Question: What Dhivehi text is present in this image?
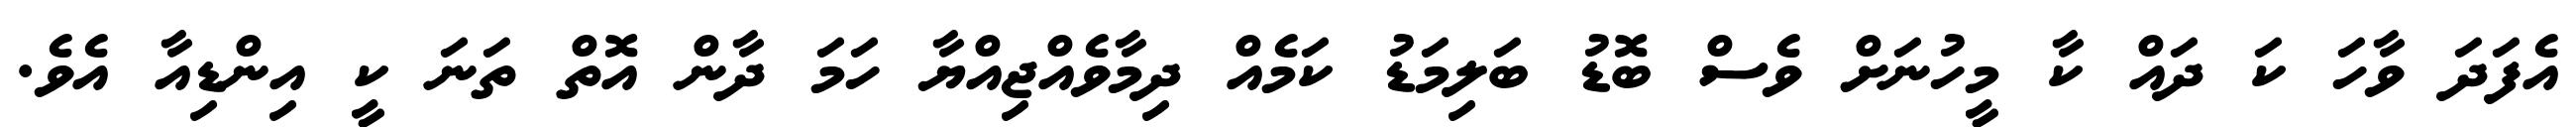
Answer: އެފަދަ ވާހަ ކަ ދައް ކާ މީހުނަށް ވެސް ބޮޑު ބަލިމަޑު ކަމެއް ދިމާވެއްޖިއްޔާ ހަމަ ދާން އޮތް ތަނަ ކީ އިންޑިއާ އެވެ.